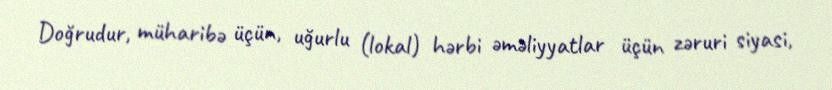
Doğrudur, müharibə üçün, uğurlu (lokal) hərbi əməliyyatlar üçün zəruri siyasi,